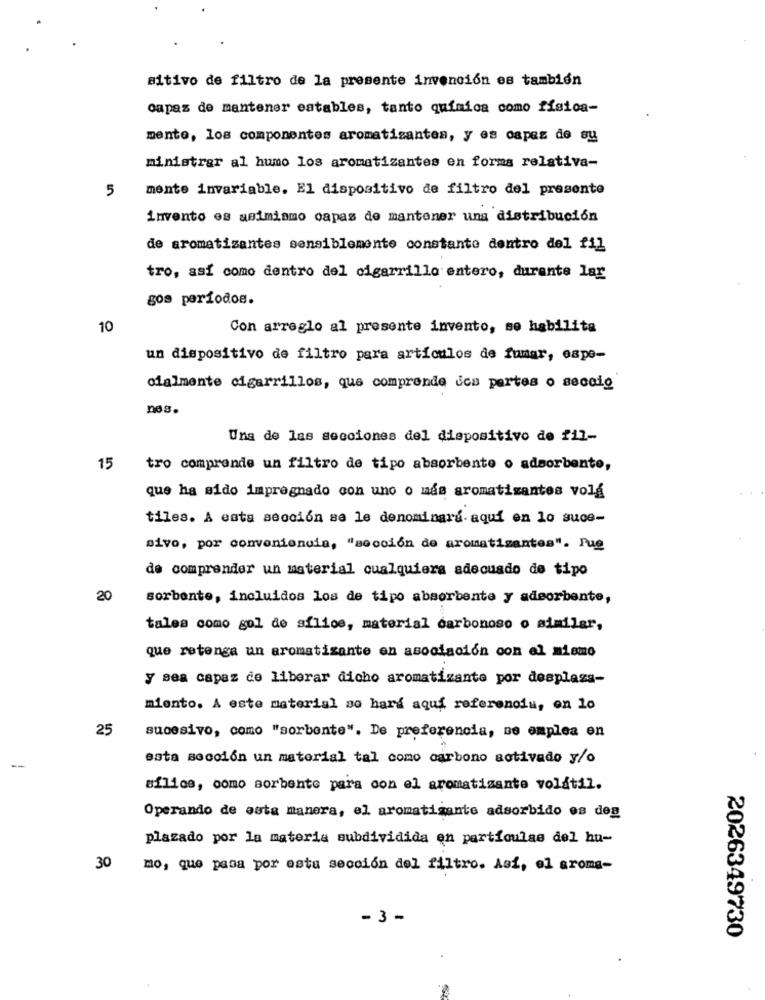
sitivo de filtro de la presente invención es también
capaz de mantener estables, tanto química como física-
mento, los componentes aromatizantes, y es capaz de su
ministrar al humo los aromatizantes en forma relativa-
mente invariable. El dispositivo de filtro del presente
5
invento es asimismo capas de mantener una distribución
de aromatizantes sensiblemente constante dentro del fil
tro, así como dentro del cigarrillo entero, durante lar
gos períodos.
10
Con arreglo al presente invento, se habilita
un dispositivo de filtro para artículos de fumar, espe-
cialmente cigarrillos, que comprende des pertes o seccio
nos.
Una de las secciones del dispositivo de fil-
15
tro comprende un filtro de tipo absorbente o adsorbento,
que ha sido impregnado con uno o más aromatizantes volá
tiles. A esta sección se le denominara aqui en lo suce-
sivo, por conveniencia, "sección de aromatizantes". Pue
de comprender un material cualquiera adecuado de tipo
20
sorbente, incluidos los de tipo absorbente y adsorbente,
tales como gol de sílice, material carbonoso o similar,
que retenga un aromatisante en asociación con el mismo
y sea capaz de liberar dicho aromatizante por desplass-
miento. A este material so hard aqui referencia, en lo
25
sucesivo, como "sorbente". De preferencia, se emplea en
esta sección un material tal como carbono activado y/o
silice, como sorbente para con el aromatizante volátil.
Operando de esta manera, el aromatizante adsorbido es deg
plazado por la materia subdividida en partículas del hu-
30
mo, que pasa por esta sección del filtro. Asi, el aroma-
- 3 -
2026349730